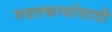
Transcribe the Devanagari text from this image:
मदतकार्यासाठी